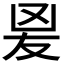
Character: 𭆫